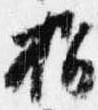
指